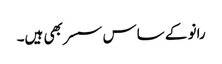
رانو کے ساس سسر بھی ہیں۔